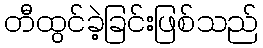
တီထွင်ခဲ့ခြင်းဖြစ်သည်